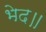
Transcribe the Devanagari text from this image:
भेद॥